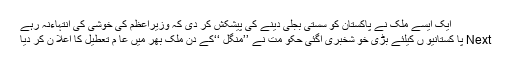
ایک ایسے ملک نے پاکستان کو سستی بجلی دینے کی پیشکش کر دی کہ وزیراعظم کی خوشی کی انتہاءنہ رہے
Next پا کستانیو ں کیلئے بڑی خو شخبری آگئی حکو مت نے ’’منگل ‘‘کے دن ملک بھر میں عا م تعطیل کا اعلا ن کر دیا